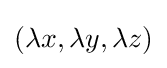
(\lambda x,\lambda y,\lambda z)